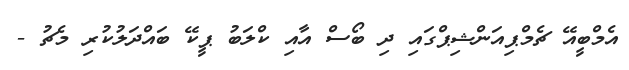
އެމްބީއޭ ޗެމްޕިއަންޝިޕްގައި ދި ބޯސް އާއި ކްލަބު ޕީކޭ ބައްދަލުކުރި މެޗު -